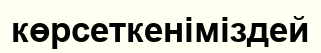
көрсеткеніміздей